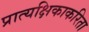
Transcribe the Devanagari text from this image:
प्रात्यक्षिकाकरिता